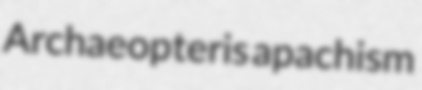
Archaeopteris apachism